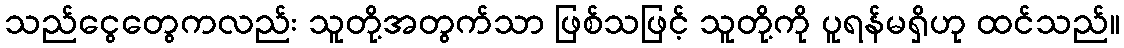
သည်ငွေတွေကလည်း သူတို့အတွက်သာ ဖြစ်သဖြင့် သူတို့ကို ပူရန်မရှိဟု ထင်သည်။